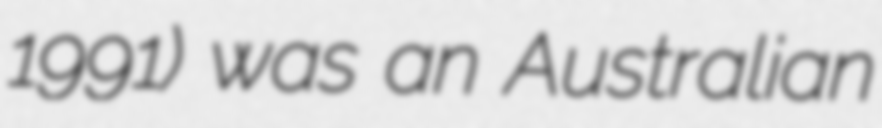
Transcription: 1991) was an Australian